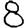
Digit: 8